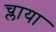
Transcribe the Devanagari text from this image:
च्लाया